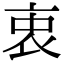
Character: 衷